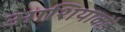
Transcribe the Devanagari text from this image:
आशियाकडे